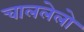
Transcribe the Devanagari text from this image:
चाललेलो